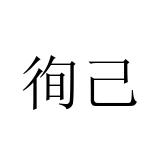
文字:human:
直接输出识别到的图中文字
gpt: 徇己